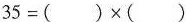
$$35=( )\times( )$$